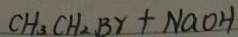
C H _ { 3 } C H _ { 2 } B r + N a O H